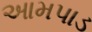
આમપાડ